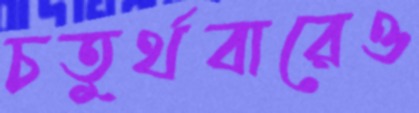
চতুর্থবারেও